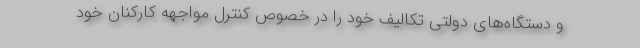
و دستگاه‌های دولتی تکالیف خود را در خصوص کنترل مواجهه کارکنان خود